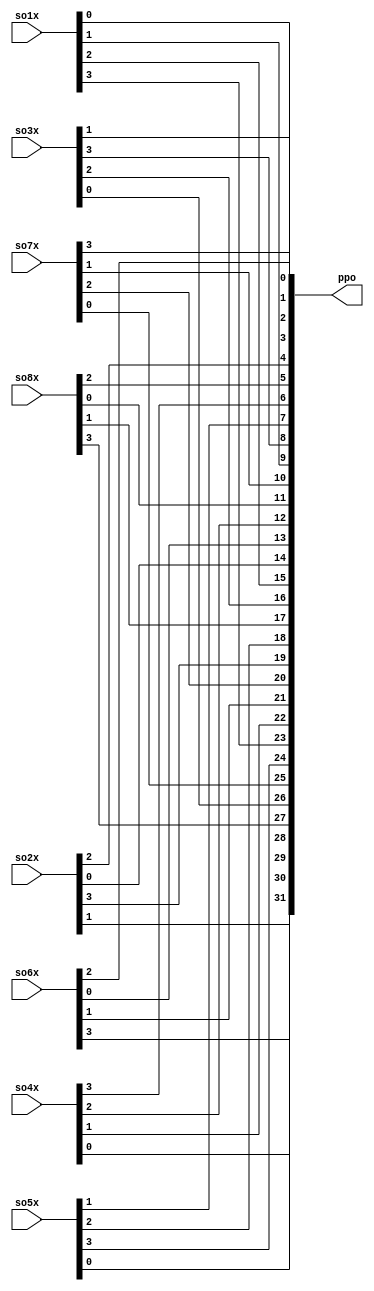
module pp_1(so1x,so2x,so3x,so4x,so5x,so6x,so7x,so8x,ppo);
input 	[1:4] so1x,so2x,so3x,so4x,so5x,so6x,so7x,so8x;
output 	[1:32] ppo;
wire 	[1:32] XX;
        assign XX[1:4]=so1x;       assign XX[5:8]=so2x;       assign XX[9:12]=so3x;      assign XX[13:16]=so4x;
        assign XX[17:20]=so5x;     assign XX[21:24]=so6x;     assign XX[25:28]=so7x;     assign XX[29:32]=so8x;
        assign ppo[1]=XX[16];         assign ppo[2]=XX[7];          assign ppo[3]=XX[20];         assign ppo[4]=XX[21];
        assign ppo[5]=XX[29];         assign ppo[6]=XX[12];         assign ppo[7]=XX[28];         assign ppo[8]=XX[17];
        assign ppo[9]=XX[1];          assign ppo[10]=XX[15];        assign ppo[11]=XX[23];        assign ppo[12]=XX[26];
        assign ppo[13]=XX[5];         assign ppo[14]=XX[18];        assign ppo[15]=XX[31];        assign ppo[16]=XX[10];
        assign ppo[17]=XX[2];         assign ppo[18]=XX[8];         assign ppo[19]=XX[24];        assign ppo[20]=XX[14];
        assign ppo[21]=XX[32];        assign ppo[22]=XX[27];        assign ppo[23]=XX[3];         assign ppo[24]=XX[9];
        assign ppo[25]=XX[19];        assign ppo[26]=XX[13];        assign ppo[27]=XX[30];        assign ppo[28]=XX[6];
        assign ppo[29]=XX[22];        assign ppo[30]=XX[11];        assign ppo[31]=XX[4];         assign ppo[32]=XX[25];
endmodule